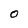
Character: O